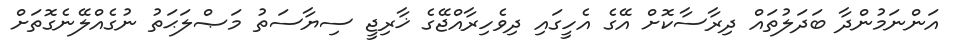
އަންނަމުންދާ ބަދަލުތައް ދިރާސާކޮށް އޭގެ އެހީގައި ދިވެހިރާއްޖޭގެ ޚާރިޖީ ސިޔާސަތު މަޞްލަޙަތު ނުގެއްލޭނެގޮތަށް